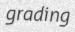
grading